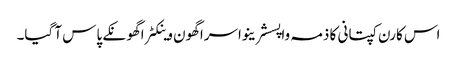
اس کارن کپتانی کا ذمہ واپسشرینواسراگھون وینکٹراگھونکے پاس آ گیا۔